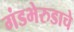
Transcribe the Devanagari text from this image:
गंडभेरुडाचे